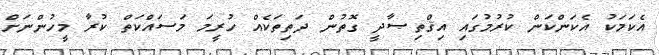
އެކަމަކު އެކަންކަން ކުރުމުގައި އިޤްތިޞާދީ ގޮތުން ދަތިތަކެއް ހުރީމަ މަސައްކަތް ކުރާ މީހުންނަށް